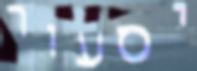
יסעור